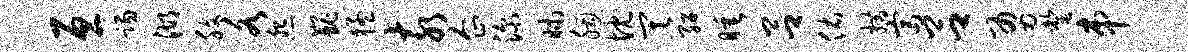
亘踢湖腹各怨巍猛亥企深昧胭忱其绍睡吕佑措富吕勇罄串